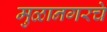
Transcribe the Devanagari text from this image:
मुळानगरचे